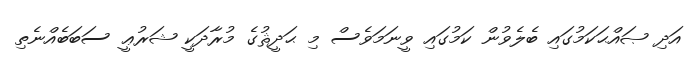
އަދި ޞައްޙަކަމުގައި ބެލެވުން ކަމުގައި ވީނަމަވެސް މި ޙަދީޘުގެ މުރާދަކީ ޝަރުޢީ ސަބަބެއްނެތި